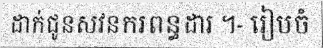
ដាក់ជូនសវនករពន្ធដារ ។- រៀបចំ